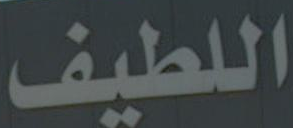
اللطيف